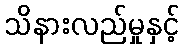
သိနားလည်မှုနှင့်